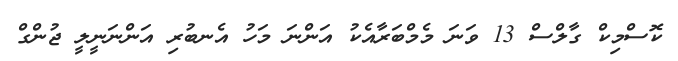
ކޮސްމިކް ގާލްސް 13 ވަނަ މެމްބަރާއެކު އަންނަ މަހު އެނބުރި އަންނަނީލީ ޖުންގް